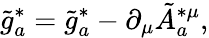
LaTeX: \tilde{g}_{a}^{*}=\tilde{g}_{a}^{*}-\partial_{\mu}\tilde{A}_{a}^{*\mu},